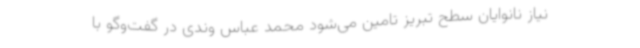
نیاز نانوایان سطح تبریز تامین می‌شود محمد عباس وندی در گفت‌وگو با